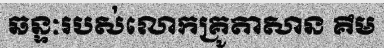
ឆន្ទៈរបស់លោកគ្រូតាសាន គឹម